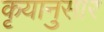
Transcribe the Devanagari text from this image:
कृयानुसार